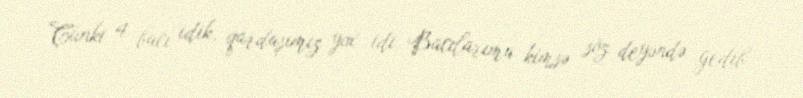
Çünki 4 bacı idik, qardaşımız yox idi. Bacılarıma kimsə söz deyəndə gedib